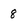
Character: 8